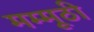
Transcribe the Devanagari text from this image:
मम्मूठी